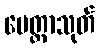
မေတ္တာသုတ်